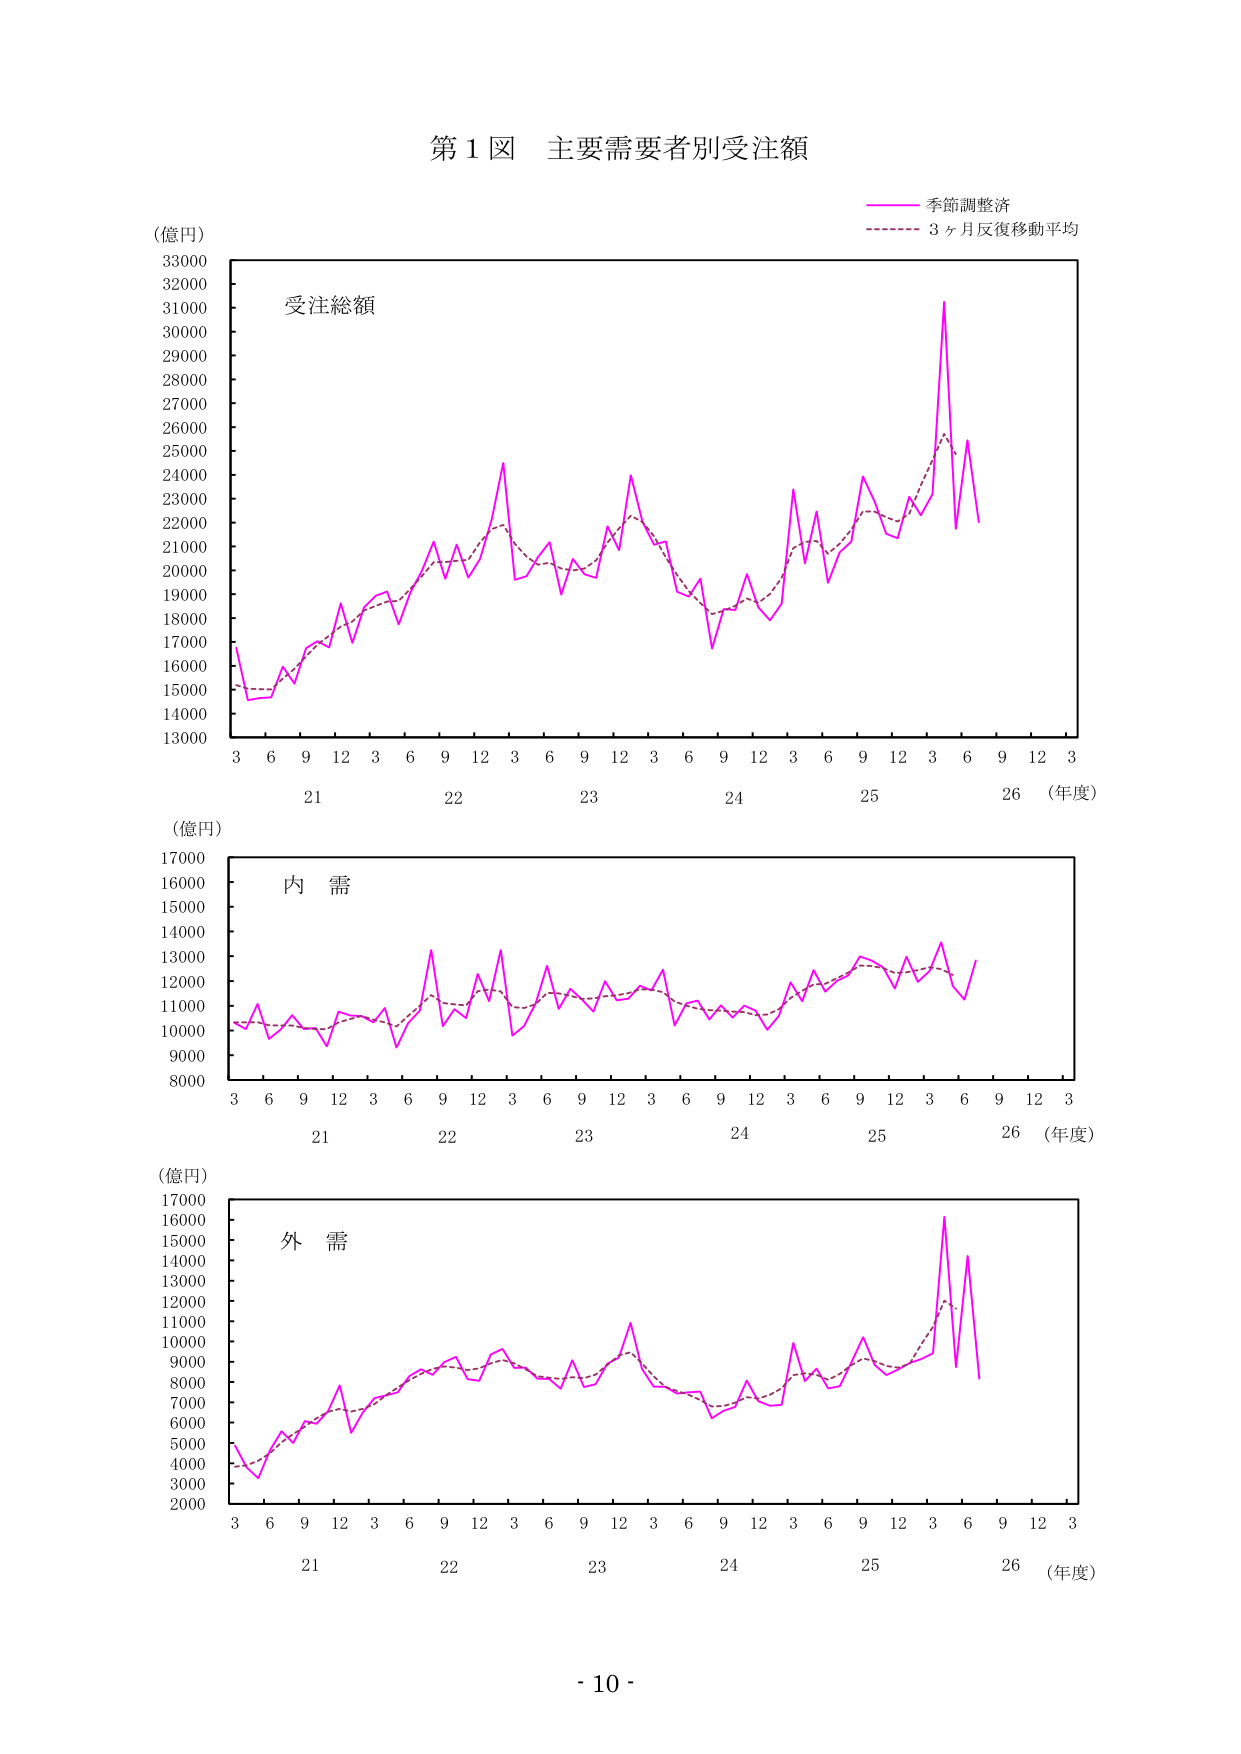
第１図 主要需要者別受注額

（億円）
33000
32000
31000
30000
29000
28000
27000
26000
25000
24000
23000
22000
21000
20000
19000
18000
17000
16000
15000
14000
13000

受注総額

3 6 9 12 3 6 9 12 3 6 9 12 3 6 9 12 3 6 9 12 3
21 22 23 24 25 26 （年度）

季節調整済
3ヶ月反復移動平均

（億円）
17000
16000
15000
14000
13000
12000
11000
10000
9000
8000

内 需

3 6 9 12 3 6 9 12 3 6 9 12 3 6 9 12 3 6 9 12 3
21 22 23 24 25 26 （年度）

（億円）
17000
16000
15000
14000
13000
12000
11000
10000
9000
8000
7000
6000
5000
4000
3000
2000

外 需

3 6 9 12 3 6 9 12 3 6 9 12 3 6 9 12 3 6 9 12 3
21 22 23 24 25 26 （年度）

- 10 -